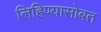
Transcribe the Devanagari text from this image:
लिहिण्यासोबत